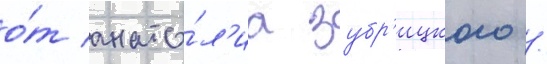
о́т анато́л'иа зубр'ицкого /